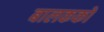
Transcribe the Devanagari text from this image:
बालकको